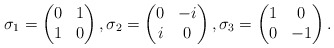
\begin{align*} \sigma_1= \begin{pmatrix} 0 & 1 \\ 1 & 0 \end{pmatrix}, \sigma_2=\begin{pmatrix} 0 & -i \\ i & 0\end{pmatrix},\sigma_3=\begin{pmatrix} 1 & 0 \\ 0 & -1\end{pmatrix}.\end{align*}